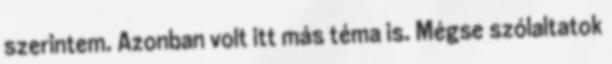
szerintem. Azonban volt itt más téma is. Mégse szólaltatok